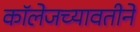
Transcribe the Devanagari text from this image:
कॉलेजच्यावतीने